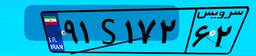
۹۵S۵۸۷۷۲